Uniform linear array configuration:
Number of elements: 48
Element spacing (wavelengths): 0.25
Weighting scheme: exponential
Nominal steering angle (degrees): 15
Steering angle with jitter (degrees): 14.949
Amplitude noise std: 0.05
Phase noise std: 0.05

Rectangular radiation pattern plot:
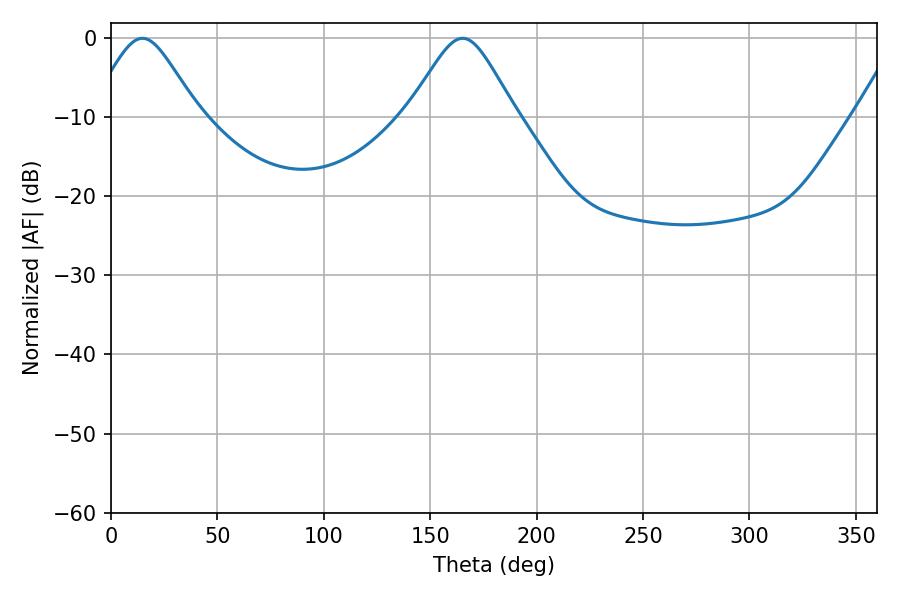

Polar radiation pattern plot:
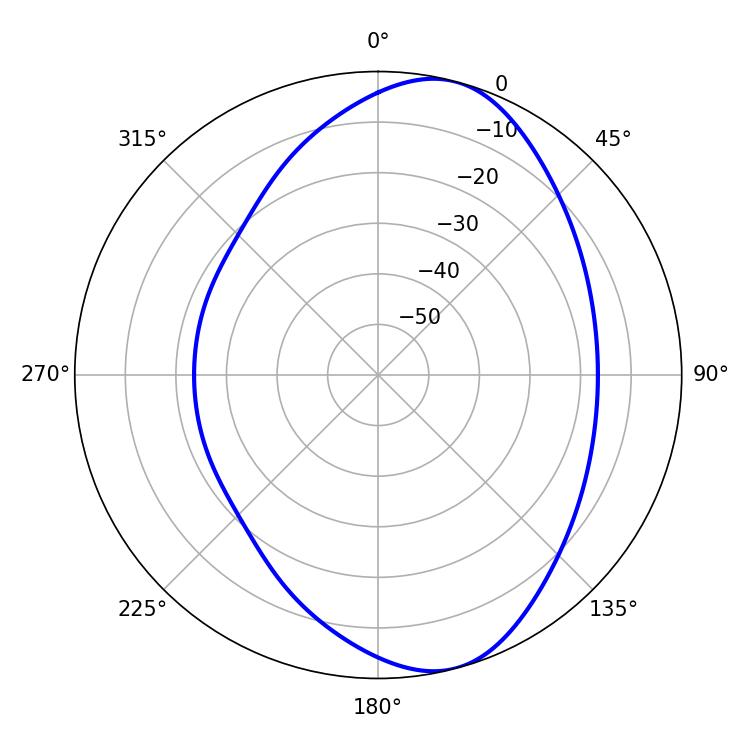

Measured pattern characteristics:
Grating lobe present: FALSE
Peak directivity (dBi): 8.396
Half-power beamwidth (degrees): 24.48
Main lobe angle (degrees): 14.76